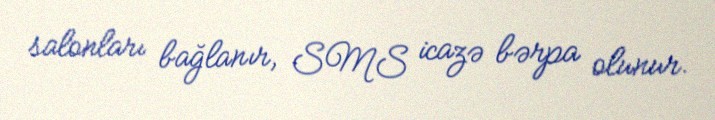
salonları bağlanır, SMS icazə bərpa olunur.